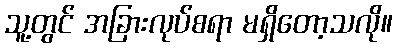
သူ့တွင် အခြားလုပ်စရာ မရှိတော့သလို။